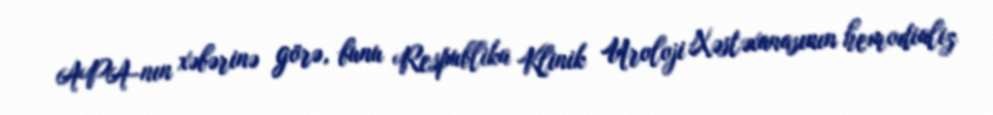
APA-nın xəbərinə görə, bunu Respublika Klinik Uroloji Xəstəxanasının hemodializ